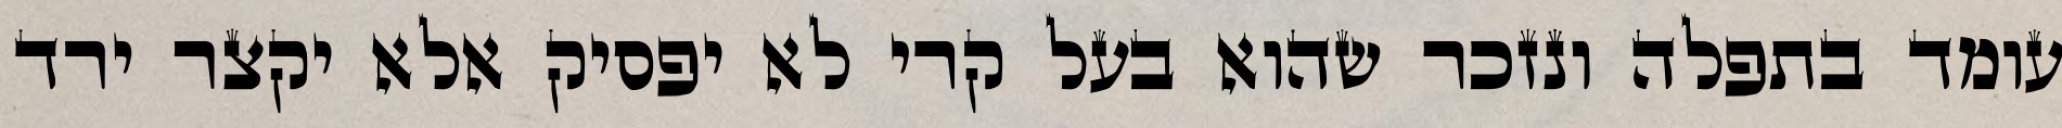
עומד בתפלה ונזכר שהוא בעל קרי לא יפסיק אלא יקצר ירד